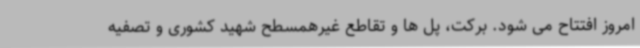
امروز افتتاح می شود. برکت، پل ها و تقاطع غیرهمسطح شهید کشوری و تصفیه